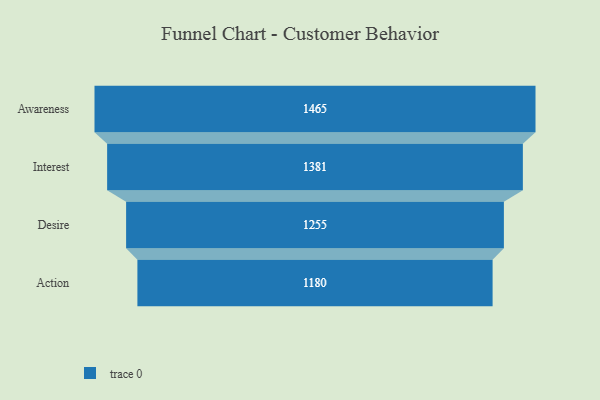
{"axis": {"x": "Stage", "y": "Value"}, "legend": [""], "data": [{"x": "Awareness", "y": 1465.0, "type": ""}, {"x": "Interest", "y": 1381.0, "type": ""}, {"x": "Desire", "y": 1255.0, "type": ""}, {"x": "Action", "y": 1180.0, "type": ""}]}